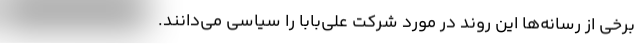
برخی از رسانه‌ها این روند در مورد شرکت علی‌بابا را سیاسی می‌دانند.